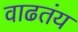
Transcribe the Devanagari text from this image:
वाढतंय